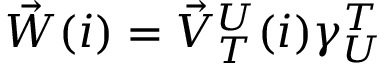
\begin{array} { r } { \vec { W } ( i ) = \vec { V } _ { T } ^ { U } ( i ) \gamma _ { U } ^ { T } } \end{array}